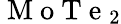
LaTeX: \mathrm{~M~o~T~e~}_{2}